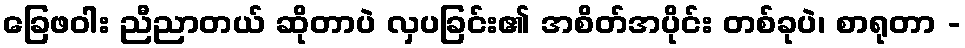
ခြေဖဝါး ညီညာတယ် ဆိုတာပဲ လှပခြင်း၏ အစိတ်အပိုင်း တစ်ခုပဲ၊ စာရုတာ -